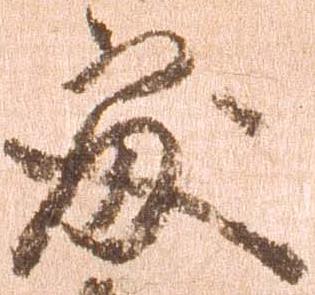
処